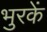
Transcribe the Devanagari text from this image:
भुरकें